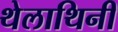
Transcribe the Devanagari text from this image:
थेलाथिनी